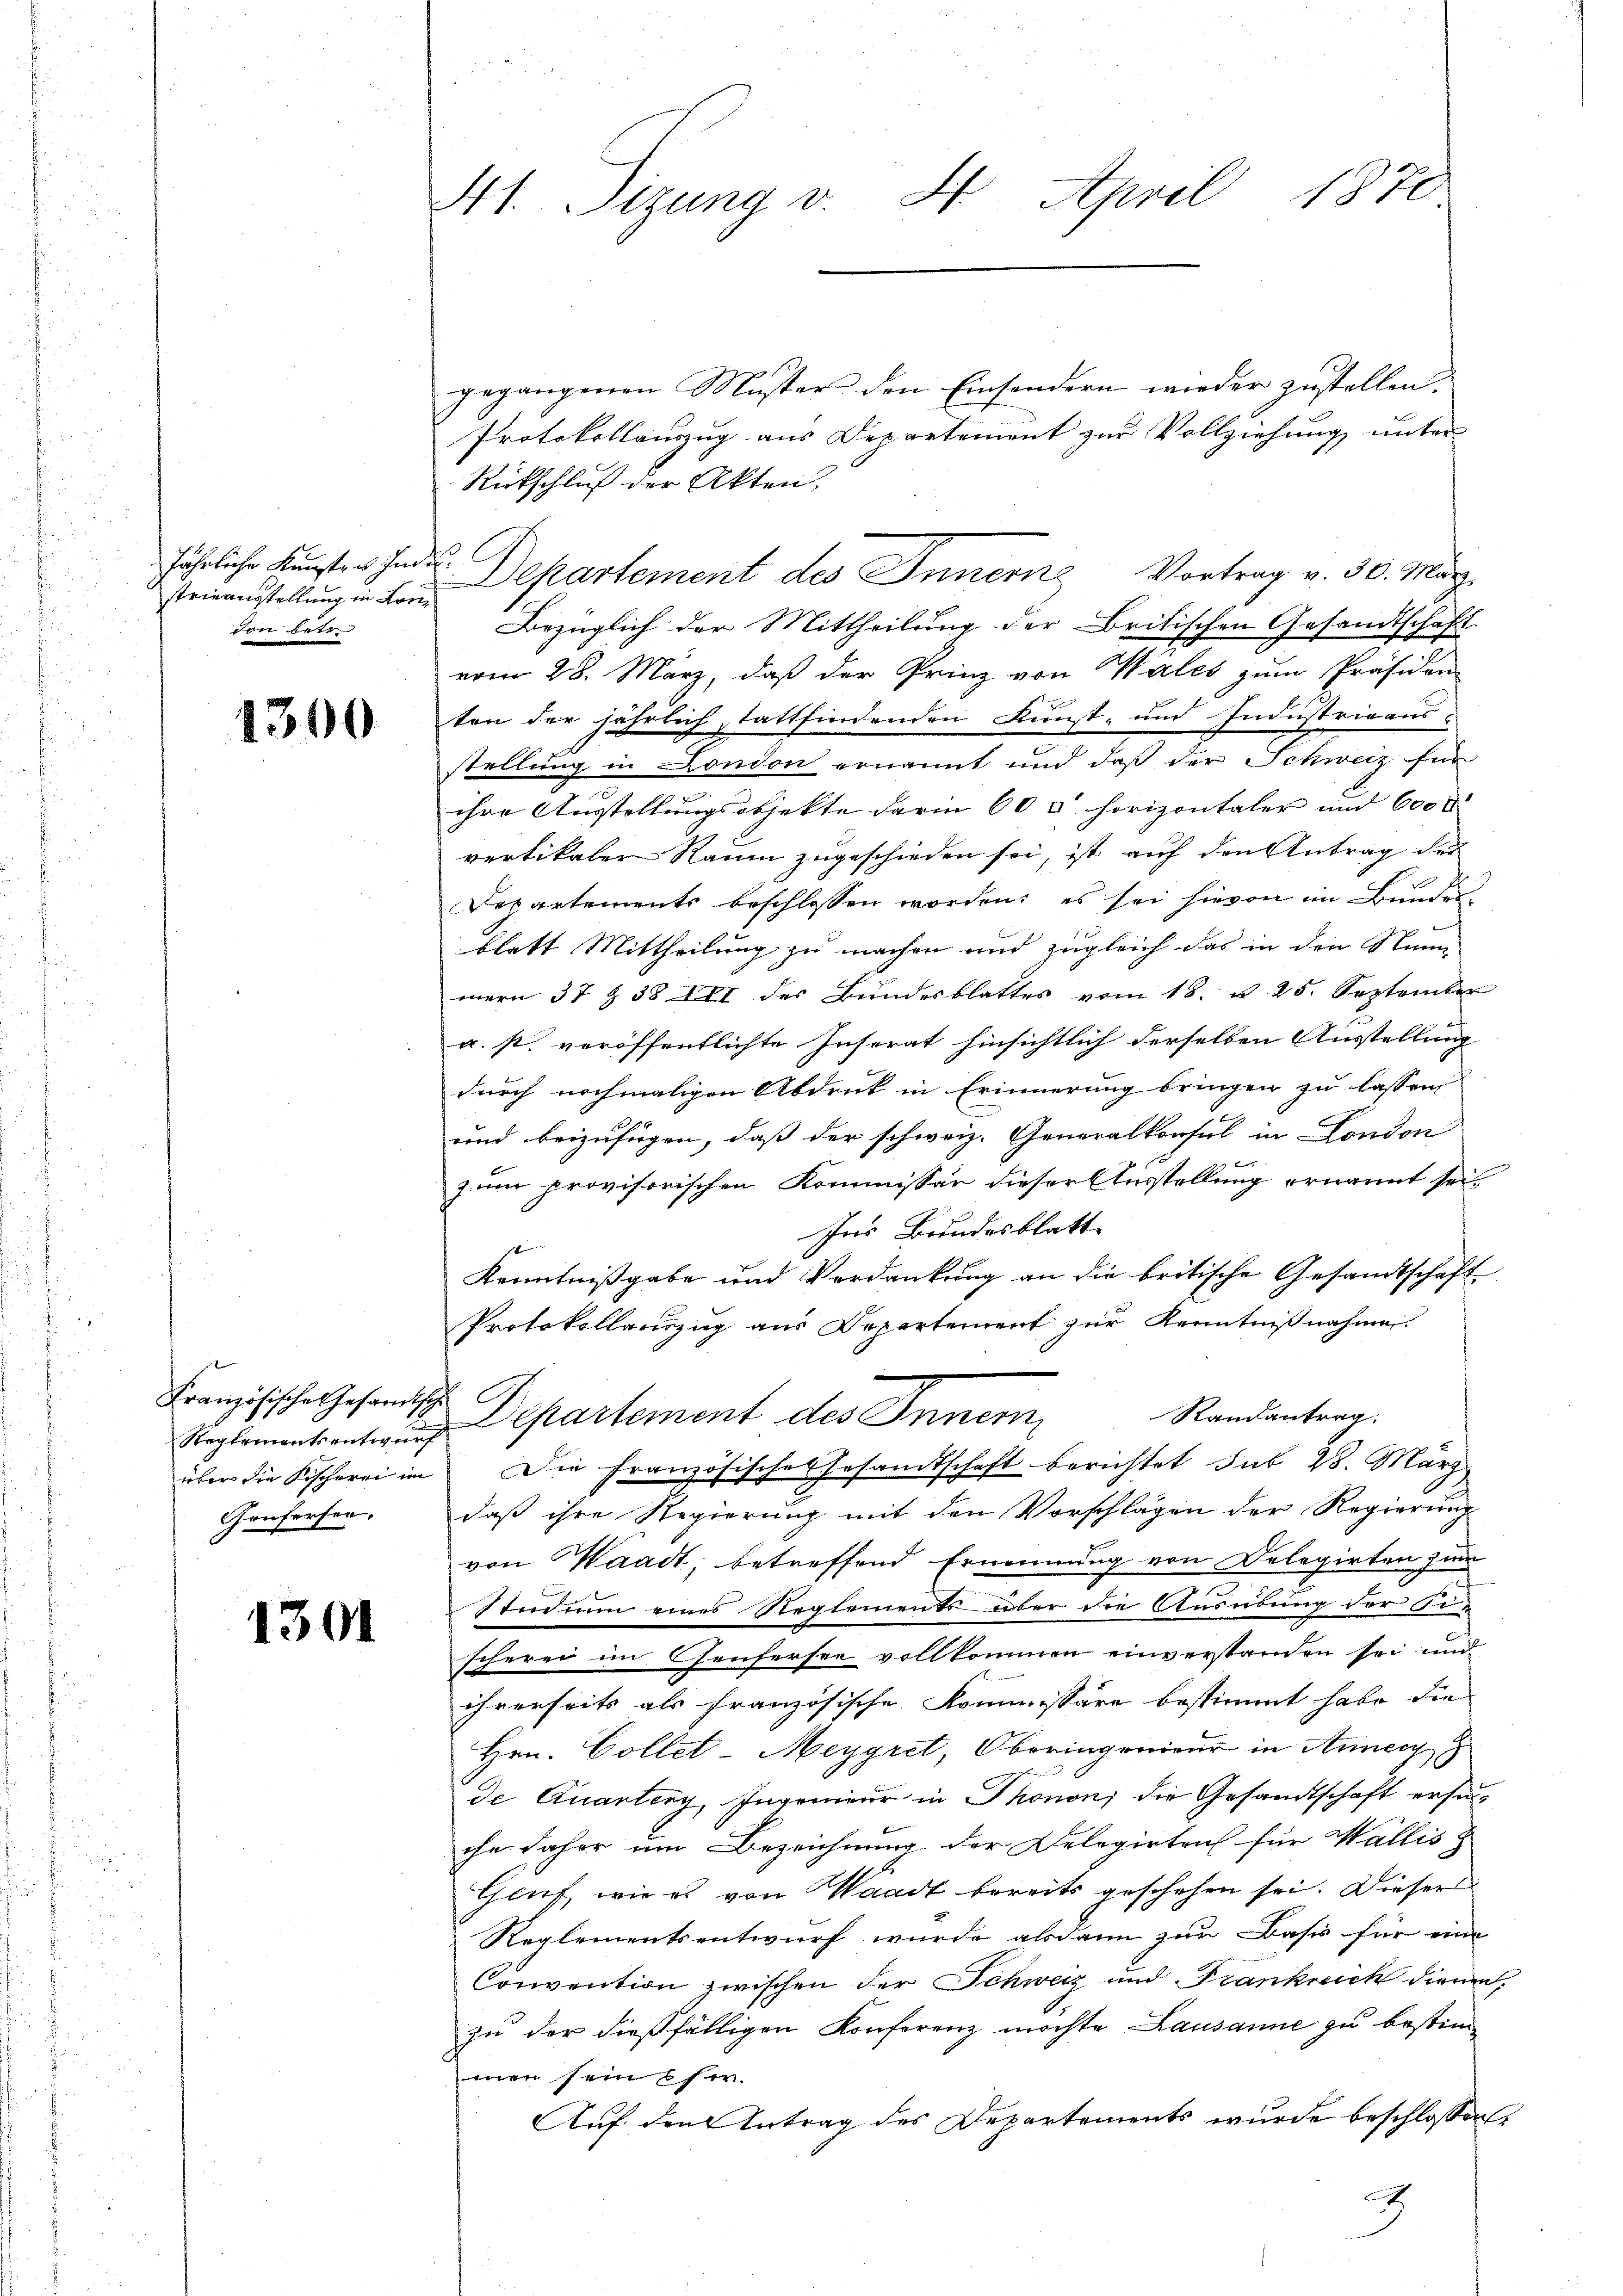
strieausstellung in Kondon betr.

1300

Französische Gesandtsch
Geuferson,

1301

41. Sizung v. 4. April 1870

gegangenen Muster den Einsondern wieder zustellen.
Protokollauszug aus Departement zur Vollziehung unter
Rückschluß der Akten,
Bezüglich der Mittheilung der Britischen Gesandtschaft
vom 28. März, daß der Prinz von Males zum Präsiden
ten der jährlich, stattfindenden Kunst- und Industrieausstellung in London ernannt und daß der Schweiz für
ihre Ausstellungsobjekte darin 60 & horizontaler und 600 d
vertikaler Raum zugeschieden sei, ist auf den Antrag der
Departements beschlossen worden; es sei hievon im Bundes-
blatt Mittheilung zu machen und zugleich das in den Name
mern 37 § 38 III des Bundesblattes vom 18. u. 25. September
a. s. veröffentlichte Inserat hinsichtlich derselben Ausstellung
durch nochmaligen Abdruck in Erinnerung bringen zu lassen
und beizufügen, daß der schweiz. Generalkonsul in London
zum provisorischen Kommissär dieser Ausstellung ernannt sei.
Ins Bundesblatte |
t
Kenntnißgabe und Verdankung an die britische Gesandtschaft
Protokollauszug aus Departement zur Kenntnißnahme
Randantrag
Reglemententirung Departement des Innern
über die Fischerei im Die Französisches Gesandtschaft berichtet sub 28. März
daß ihre Regierung mit den Vorschlägen der Regierung
von Waadt, betreffend Ernennung von Delegirten zum
Studium eines Reglements über die Ausübung der Fi-
scherei im Genfersee vollkommen einverstanden sei und
ihrerseits als französische Kommissäre bestimmt habe die
Hrn. Collet-Meygret, Oberingenieur in Annecy 8
de Quarteny, Ingenieur in Thonon, die Gesandtschaft ersuche daher um Bezeichnung der Delegirten für Wallis
Gluf wie es von Waadt bereits geschehen sei. Dieser
Reglementsentwurf wurde alsdann zur Basis für eine
Convention zwischen der Schweiz und Frankreich dienen,
zu der dießfälligen Konferenz möchte Lausanne zu bestim
men sein Fr.
Auf den Antrag des Departements wurde beschlossen:
2

jährliche Kunsten Indu. Departement des Innern Vortrag v. 30. März.